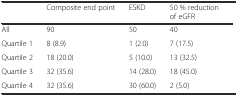
|  | Composite end point | ESKD | 50 % reduction of eGFR |
 | --- | --- | --- | --- |
 | All | 90 | 50 | 40 |
 | Quartile 1 | 8 (8.9) | 1 (2.0) | 7 (17.5) |
 | Quartile 2 | 18 (20.0) | 5 (10.0) | 13 (32.5) |
 | Quartile 3 | 32 (35.6) | 14 (28.0) | 18 (45.0) |
 | Quartile 4 | 32 (35.6) | 30 (60.0) | 2 (5.0) |